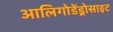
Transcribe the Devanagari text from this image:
आलिगोडेंड्रोसाइट